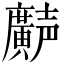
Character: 𫸌